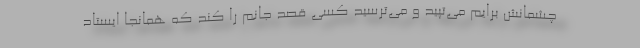
چشمانش برایم می‌تپید و می‌ترسید کسی قصد جانم را کند که همانجا ایستاد